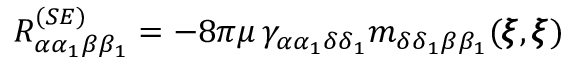
{ R } _ { \alpha \alpha _ { 1 } \beta \beta _ { 1 } } ^ { ( S E ) } = - 8 \pi \mu \, \gamma _ { \alpha \alpha _ { 1 } \delta \delta _ { 1 } } m _ { \delta \delta _ { 1 } \beta \beta _ { 1 } } ( { \pmb \xi } , { \pmb \xi } )